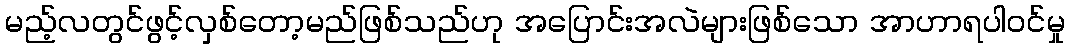
မည့်လတွင်ဖွင့်လှစ်တော့မည်ဖြစ်သည်ဟု အပြောင်းအလဲများဖြစ်သော အာဟာရပါဝင်မှု